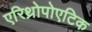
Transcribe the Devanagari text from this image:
एरिथ्रोपोएटिक